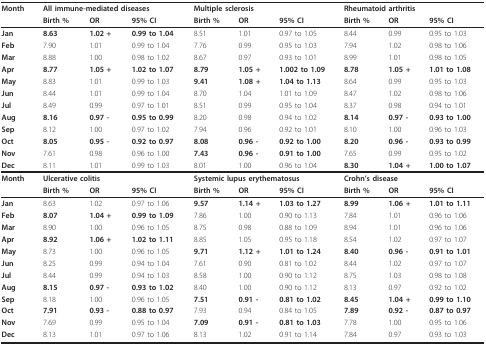
<table><thead><tr><td><b>Month</b></td><td colspan="3"><b>All immune-mediated diseases</b></td><td colspan="3"><b>Multiple sclerosis</b></td><td colspan="3"><b>Rheumatoid arthritis</b></td></tr><tr><td></td><td><b>Birth %</b></td><td><b>OR</b></td><td><b>95% CI</b></td><td><b>Birth %</b></td><td><b>OR</b></td><td><b>95% CI</b></td><td><b>Birth %</b></td><td><b>OR</b></td><td><b>95% CI</b></td></tr></thead><tbody><tr><td><b>Jan</b></td><td><b>8.63</b></td><td><b>1.02 +</b></td><td><b>0.99 to 1.04</b></td><td>8.51</td><td>1.01</td><td>0.97 to 1.05</td><td>8.44</td><td>0.99</td><td>0.95 to 1.03</td></tr><tr><td><b>Feb</b></td><td>7.90</td><td>1.01</td><td>0.99 to 1.04</td><td>7.76</td><td>0.99</td><td>0.95 to 1.03</td><td>7.94</td><td>1.02</td><td>0.98 to 1.06</td></tr><tr><td><b>Mar</b></td><td>8.88</td><td>1.00</td><td>0.98 to 1.02</td><td>8.67</td><td>0.97</td><td>0.93 to 1.01</td><td>8.99</td><td>1.01</td><td>0.98 to 1.05</td></tr><tr><td><b>Apr</b></td><td><b>8.77</b></td><td><b>1.05 +</b></td><td><b>1.02 to 1.07</b></td><td><b>8.79</b></td><td><b>1.05 +</b></td><td><b>1.002 to 1.09</b></td><td><b>8.78</b></td><td><b>1.05 +</b></td><td><b>1.01 to 1.08</b></td></tr><tr><td><b>May</b></td><td>8.83</td><td>1.01</td><td>0.99 to 1.03</td><td><b>9.41</b></td><td><b>1.08 +</b></td><td><b>1.04 to 1.13</b></td><td>8.64</td><td>0.99</td><td>0.95 to 1.03</td></tr><tr><td><b>Jun</b></td><td>8.44</td><td>1.01</td><td>0.99 to 1.04</td><td>8.70</td><td>1.04</td><td>1.01 to 1.09</td><td>8.47</td><td>1.02</td><td>0.98 to 1.06</td></tr><tr><td><b>Jul</b></td><td>8.49</td><td>0.99</td><td>0.97 to 1.01</td><td>8.51</td><td>0.99</td><td>0.95 to 1.04</td><td>8.37</td><td>0.98</td><td>0.94 to 1.01</td></tr><tr><td><b>Aug</b></td><td><b>8.16</b></td><td><b>0.97 -</b></td><td><b>0.95 to 0.99</b></td><td>8.20</td><td>0.98</td><td>0.94 to 1.02</td><td><b>8.14</b></td><td><b>0.97 -</b></td><td><b>0.93 to 1.00</b></td></tr><tr><td><b>Sep</b></td><td>8.12</td><td>1.00</td><td>0.97 to 1.02</td><td>7.94</td><td>0.96</td><td>0.92 to 1.01</td><td>8.10</td><td>1.00</td><td>0.96 to 1.03</td></tr><tr><td><b>Oct</b></td><td><b>8.05</b></td><td><b>0.95 -</b></td><td><b>0.92 to 0.97</b></td><td><b>8.08</b></td><td><b>0.96 -</b></td><td><b>0.92 to 1.00</b></td><td><b>8.20</b></td><td><b>0.96 -</b></td><td><b>0.93 to 0.99</b></td></tr><tr><td><b>Nov</b></td><td>7.61</td><td>0.98</td><td>0.96 to 1.00</td><td><b>7.43</b></td><td><b>0.96 -</b></td><td><b>0.91 to 1.00</b></td><td>7.65</td><td>0.99</td><td>0.95 to 1.02</td></tr><tr><td><b>Dec</b></td><td>8.11</td><td>1.01</td><td>0.99 to 1.03</td><td>8.01</td><td>1.00</td><td>0.96 to 1.04</td><td><b>8.30</b></td><td><b>1.04 +</b></td><td><b>1.00 to 1.07</b></td></tr><tr><td><b>Month</b></td><td colspan="3"><b>Ulcerative colitis</b></td><td colspan="3"><b>Systemic lupus erythematosus</b></td><td colspan="3"><b>Crohn&#x27;s disease</b></td></tr><tr><td></td><td><b>Birth %</b></td><td><b>OR</b></td><td><b>95% CI</b></td><td><b>Birth %</b></td><td><b>OR</b></td><td><b>95% CI</b></td><td><b>Birth %</b></td><td><b>OR</b></td><td><b>95% CI</b></td></tr><tr><td><b>Jan</b></td><td>8.63</td><td>1.02</td><td>0.97 to 1.06</td><td><b>9.57</b></td><td><b>1.14 +</b></td><td><b>1.03 to 1.27</b></td><td><b>8.99</b></td><td><b>1.06 +</b></td><td><b>1.01 to 1.11</b></td></tr><tr><td><b>Feb</b></td><td><b>8.07</b></td><td><b>1.04 +</b></td><td><b>0.99 to 1.09</b></td><td>7.86</td><td>1.00</td><td>0.90 to 1.13</td><td>7.84</td><td>1.01</td><td>0.96 to 1.06</td></tr><tr><td><b>Mar</b></td><td>8.90</td><td>1.00</td><td>0.96 to 1.05</td><td>8.75</td><td>0.98</td><td>0.88 to 1.09</td><td>8.94</td><td>1.01</td><td>0.96 to 1.06</td></tr><tr><td><b>Apr</b></td><td><b>8.92</b></td><td><b>1.06 +</b></td><td><b>1.02 to 1.11</b></td><td>8.85</td><td>1.05</td><td>0.95 to 1.18</td><td>8.54</td><td>1.02</td><td>0.97 to 1.07</td></tr><tr><td><b>May</b></td><td>8.73</td><td>1.00</td><td>0.96 to 1.05</td><td><b>9.71</b></td><td><b>1.12 +</b></td><td><b>1.01 to 1.24</b></td><td><b>8.40</b></td><td><b>0.96 -</b></td><td><b>0.91 to 1.01</b></td></tr><tr><td><b>Jun</b></td><td>8.25</td><td>0.99</td><td>0.94 to 1.04</td><td>7.61</td><td>0.90</td><td>0.81 to 1.02</td><td>8.44</td><td>1.02</td><td>0.97 to 1.07</td></tr><tr><td><b>Jul</b></td><td>8.44</td><td>0.99</td><td>0.94 to 1.03</td><td>8.58</td><td>1.00</td><td>0.90 to 1.12</td><td>8.75</td><td>1.03</td><td>0.98 to 1.08</td></tr><tr><td><b>Aug</b></td><td><b>8.15</b></td><td><b>0.97 -</b></td><td><b>0.93 to 1.02</b></td><td>8.40</td><td>1.00</td><td>0.90 to 1.12</td><td>8.13</td><td>0.97</td><td>0.92 to 1.02</td></tr><tr><td><b>Sep</b></td><td>8.18</td><td>1.00</td><td>0.96 to 1.05</td><td><b>7.51</b></td><td><b>0.91 -</b></td><td><b>0.81 to 1.02</b></td><td><b>8.45</b></td><td><b>1.04 +</b></td><td><b>0.99 to 1.10</b></td></tr><tr><td><b>Oct</b></td><td><b>7.91</b></td><td><b>0.93 -</b></td><td><b>0.88 to 0.97</b></td><td>7.93</td><td>0.94</td><td>0.84 to 1.05</td><td><b>7.89</b></td><td><b>0.92 -</b></td><td><b>0.87 to 0.97</b></td></tr><tr><td><b>Nov</b></td><td>7.69</td><td>0.99</td><td>0.95 to 1.04</td><td><b>7.09</b></td><td><b>0.91 -</b></td><td><b>0.81 to 1.03</b></td><td>7.78</td><td>1.00</td><td>0.95 to 1.06</td></tr><tr><td><b>Dec</b></td><td>8.13</td><td>1.01</td><td>0.97 to 1.06</td><td>8.13</td><td>1.02</td><td>0.91 to 1.14</td><td>7.84</td><td>0.97</td><td>0.93 to 1.03</td></tr></tbody></table>